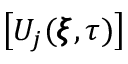
\big [ U _ { j } ( \pmb { \xi } , \tau ) \big ]